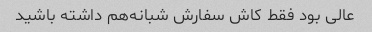
عالی بود فقط کاش سفارش شبانه‌هم داشته باشید